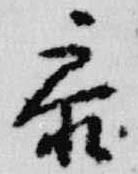
参